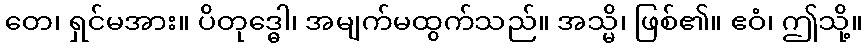
တေ၊ ရှင်မအား။ ပိတုဒ္ဓေါ၊ အမျက်မထွက်သည်။ အသ္မိ၊ ဖြစ်၏။ ဧဝံ၊ ဤသို့။